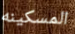
المسكينه